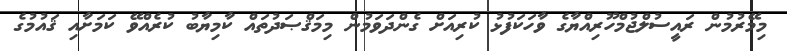
މިމޭރުމުން ރައީސުލްޖުމްހޫރިއްޔާގެ ވާހަކަފުޅު ކުރިއަށް ގެންދަވަމުން މިމަޤްޞަދުތައް ކާމިޔާބު ކުރެއްވޭ ކަމަށާއި ޤައުމުގެ